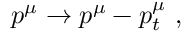
p ^ { \mu } \to p ^ { \mu } - p _ { t } ^ { \mu } \ ,